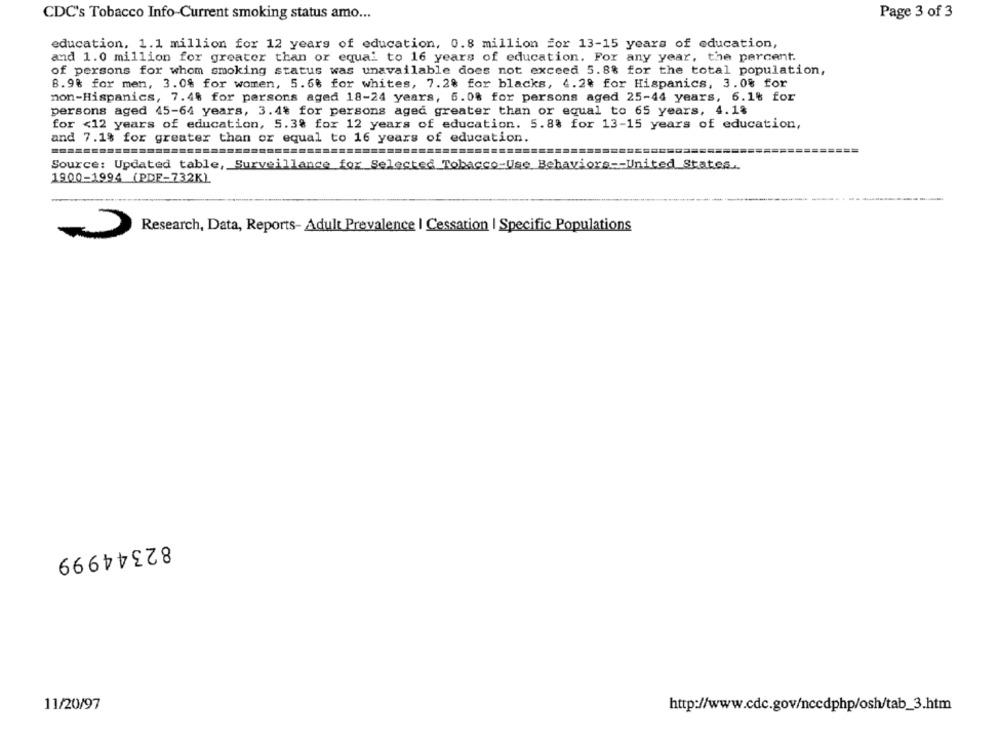
CDC's Tobacco Info-Current smoking status amo ...
Page 3 of 3
education, 1.1 million for 12 years of education, 0.8 million for 13-15 years of education,
and 1.0 million for greater than or equal to 16 years of education. For any year, the percent.
of persons for whom smoking status was unavailable does not exceed 5.8% for the total population,
8.9% for men, 3.0% for women, 5.6% for whites, 7.2% for blacks, 4.2% for Hispanics, 3.0% for
non-Hispanics, 7.4% for persons aged 18-24 years, 6.0% for persons aged 25-44 years, 6.1% for
persons aged 45-64 years, 3.4% for persons aged greater than or equal to 65 years, 4.1%
for <12 years of education, 5.3% for 12 years of education. 5.8% for 13-15 years of education,
and 7.1% for greater than or equal to 16 years of education.
Source: Updated table, Surveillance for Selected Tobacco-Use Behaviors -- United States.
1900-1994 (PDF-732KL
Research, Data, Reports- Adult Prevalence | Cessation | Specific Populations
82344999
11/20/97
http://www.cdc.gov/nccdphp/osh/tab_3.htm